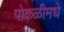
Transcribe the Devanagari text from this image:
पोकळीमधे